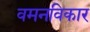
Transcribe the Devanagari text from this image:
वमनविकार